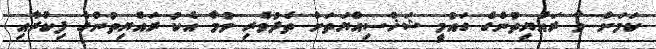
ކަމަށް ވާ ރައްޔިތުންގެ ގައުމީ ޝަޚްސިއްޔަތަށް ތެދުވެރި ވުމާ އެކު ރައްޔިތުންގެ ފިކުރާއި